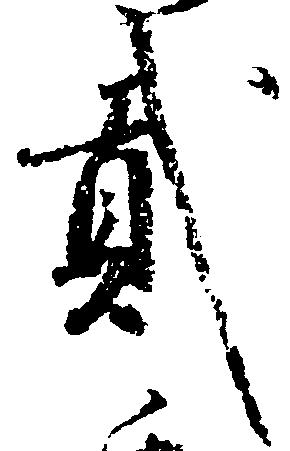
弐